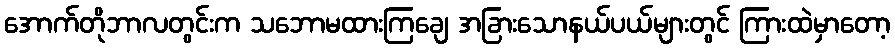
အောက်တိုဘာလတွင်းက သဘောမထားကြချေ အခြားသောနယ်ပယ်များတွင် ကြားထဲမှာတော့